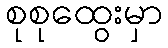
စုစုထွေးမှာ